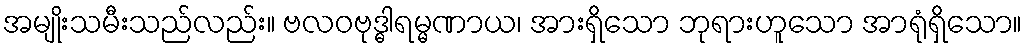
အမျိုးသမီးသည်လည်း။ ဗလဝဗုဒ္ဓါရမ္မဏာယ၊ အားရှိသော ဘုရားဟူသော အာရုံရှိသော။